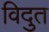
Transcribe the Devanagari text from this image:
विदुत